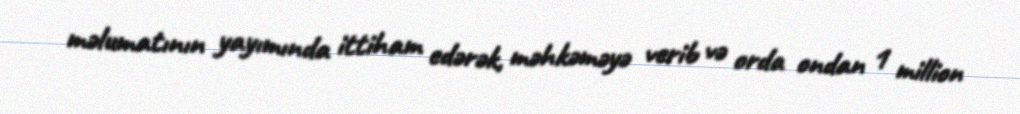
məlumatının yayımında ittiham edərək, məhkəməyə verib və orda ondan 1 million